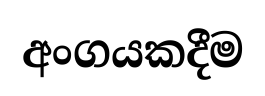
අංගයකදීම